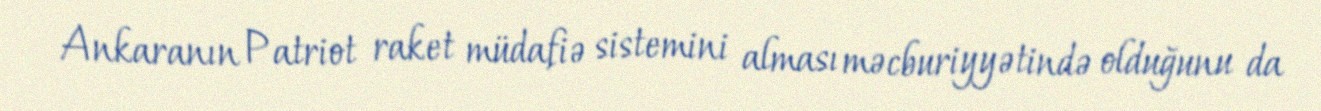
Ankaranın Patriot raket müdafiə sistemini alması məcburiyyətində olduğunu da